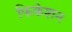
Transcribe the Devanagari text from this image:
फिकेशन